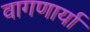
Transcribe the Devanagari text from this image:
वागणार्या